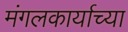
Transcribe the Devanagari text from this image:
मंगलकार्याच्या